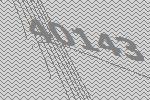
40143